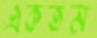
একতম